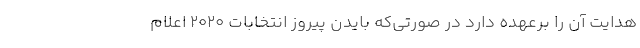
هدایت آن را برعهده دارد در صورتی‌که بایدن پیروز انتخابات ۲۰۲۰ اعلام